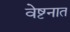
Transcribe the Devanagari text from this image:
वेष्टनात